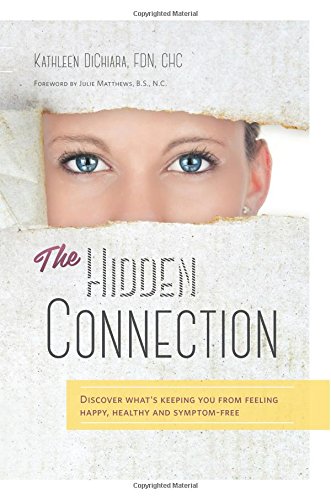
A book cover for The Hidden Connection: Discover What's Keeping You from Feeling Happy, Healthy and Symptom-Free (Color Version); Kathleen DiChiara FDN; Health, Fitness & Dieting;